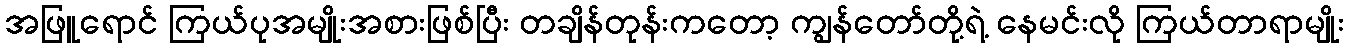
အဖြူရောင် ကြယ်ပုအမျိုးအစားဖြစ်ပြီး တချိန်တုန်းကတော့ ကျွန်တော်တို့ရဲ့ နေမင်းလို ကြယ်တာရာမျိုး